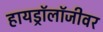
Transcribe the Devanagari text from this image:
हायड्रॉलॉजीवर